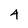
Character: 4